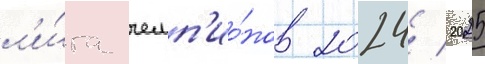
л'и́га чемп'ио́нов 2024/ 2025